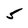
Character: 5